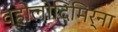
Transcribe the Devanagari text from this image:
व्होलोदिमिर्ना